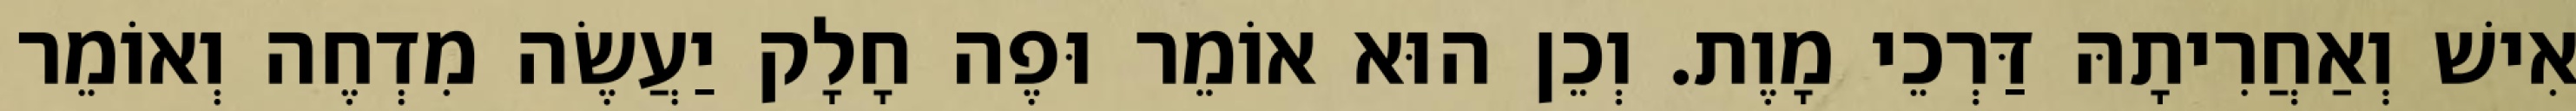
אִישׁ וְאַחֲרִיתָהּ דַּרְכֵי מָוֶת. וְכֵן הוּא אוֹמֵר וּפֶה חָלָק יַעֲשֶׂה מִדְחֶה וְאוֹמֵר